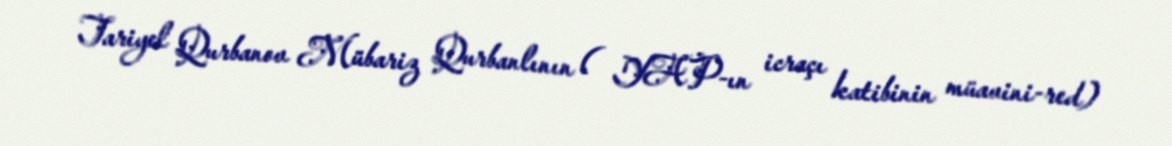
Tariyel Qurbanov Mübariz Qurbanlının ( YAP-ın icraçı katibinin müavini-red)